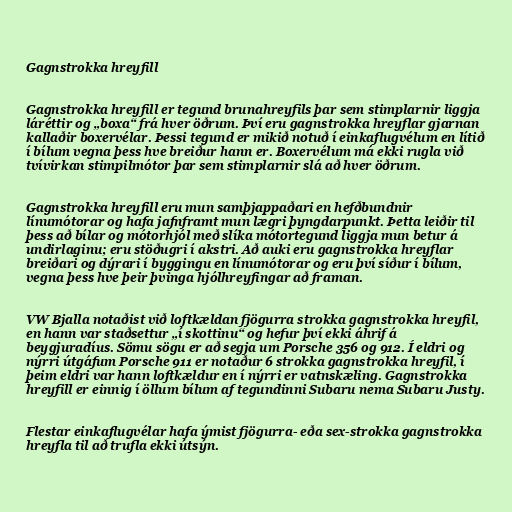
Gagnstrokka hreyfill

Gagnstrokka hreyfill er tegund brunahreyfils þar sem stimplarnir liggja
láréttir og „boxa“ frá hver öðrum. Því eru gagnstrokka hreyflar gjarnan
kallaðir boxervélar. Þessi tegund er mikið notuð í einkaflugvélum en lítið
í bílum vegna þess hve breiður hann er. Boxervélum má ekki rugla við
tvívirkan stimpilmótor þar sem stimplarnir slá að hver öðrum.

Gagnstrokka hreyfill eru mun samþjappaðari en hefðbundnir
línumótorar og hafa jafnframt mun lægri þyngdarpunkt. Þetta leiðir til
þess að bílar og mótorhjól með slíka mótortegund liggja mun betur á
undirlaginu; eru stöðugri í akstri. Að auki eru gagnstrokka hreyflar
breiðari og dýrari í byggingu en línumótorar og eru því síður í bílum,
vegna þess hve þeir þvinga hjólhreyfingar að framan.

VW Bjalla notaðist við loftkældan fjögurra strokka gagnstrokka hreyfil,
en hann var staðsettur „í skottinu“ og hefur því ekki áhrif á
beygjuradíus. Sömu sögu er að segja um Porsche 356 og 912. Í eldri og
nýrri útgáfum Porsche 911 er notaður 6 strokka gagnstrokka hreyfil, í
þeim eldri var hann loftkældur en í nýrri er vatnskæling. Gagnstrokka
hreyfill er einnig í öllum bílum af tegundinni Subaru nema Subaru Justy.

Flestar einkaflugvélar hafa ýmist fjögurra- eða sex-strokka gagnstrokka
hreyfla til að trufla ekki útsýn.